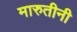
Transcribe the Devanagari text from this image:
मारुतीनी